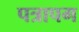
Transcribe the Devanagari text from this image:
पत्रापग